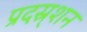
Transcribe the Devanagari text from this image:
प्रदस्र्शन